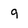
Character: 9